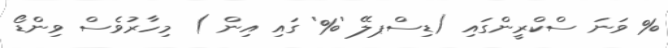
% ވަނަ ސްކްރީންގައި (ޑިސްޕލޭ '%' ގައި އިން ) މިހާރުވެސް ވިންޑޯ